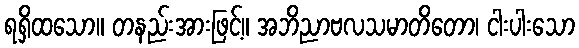
ရရှိထသော။ တနည်းအားဖြင့်။ အဘိညာဗလသမာတိတော၊ ငါးပါးသော